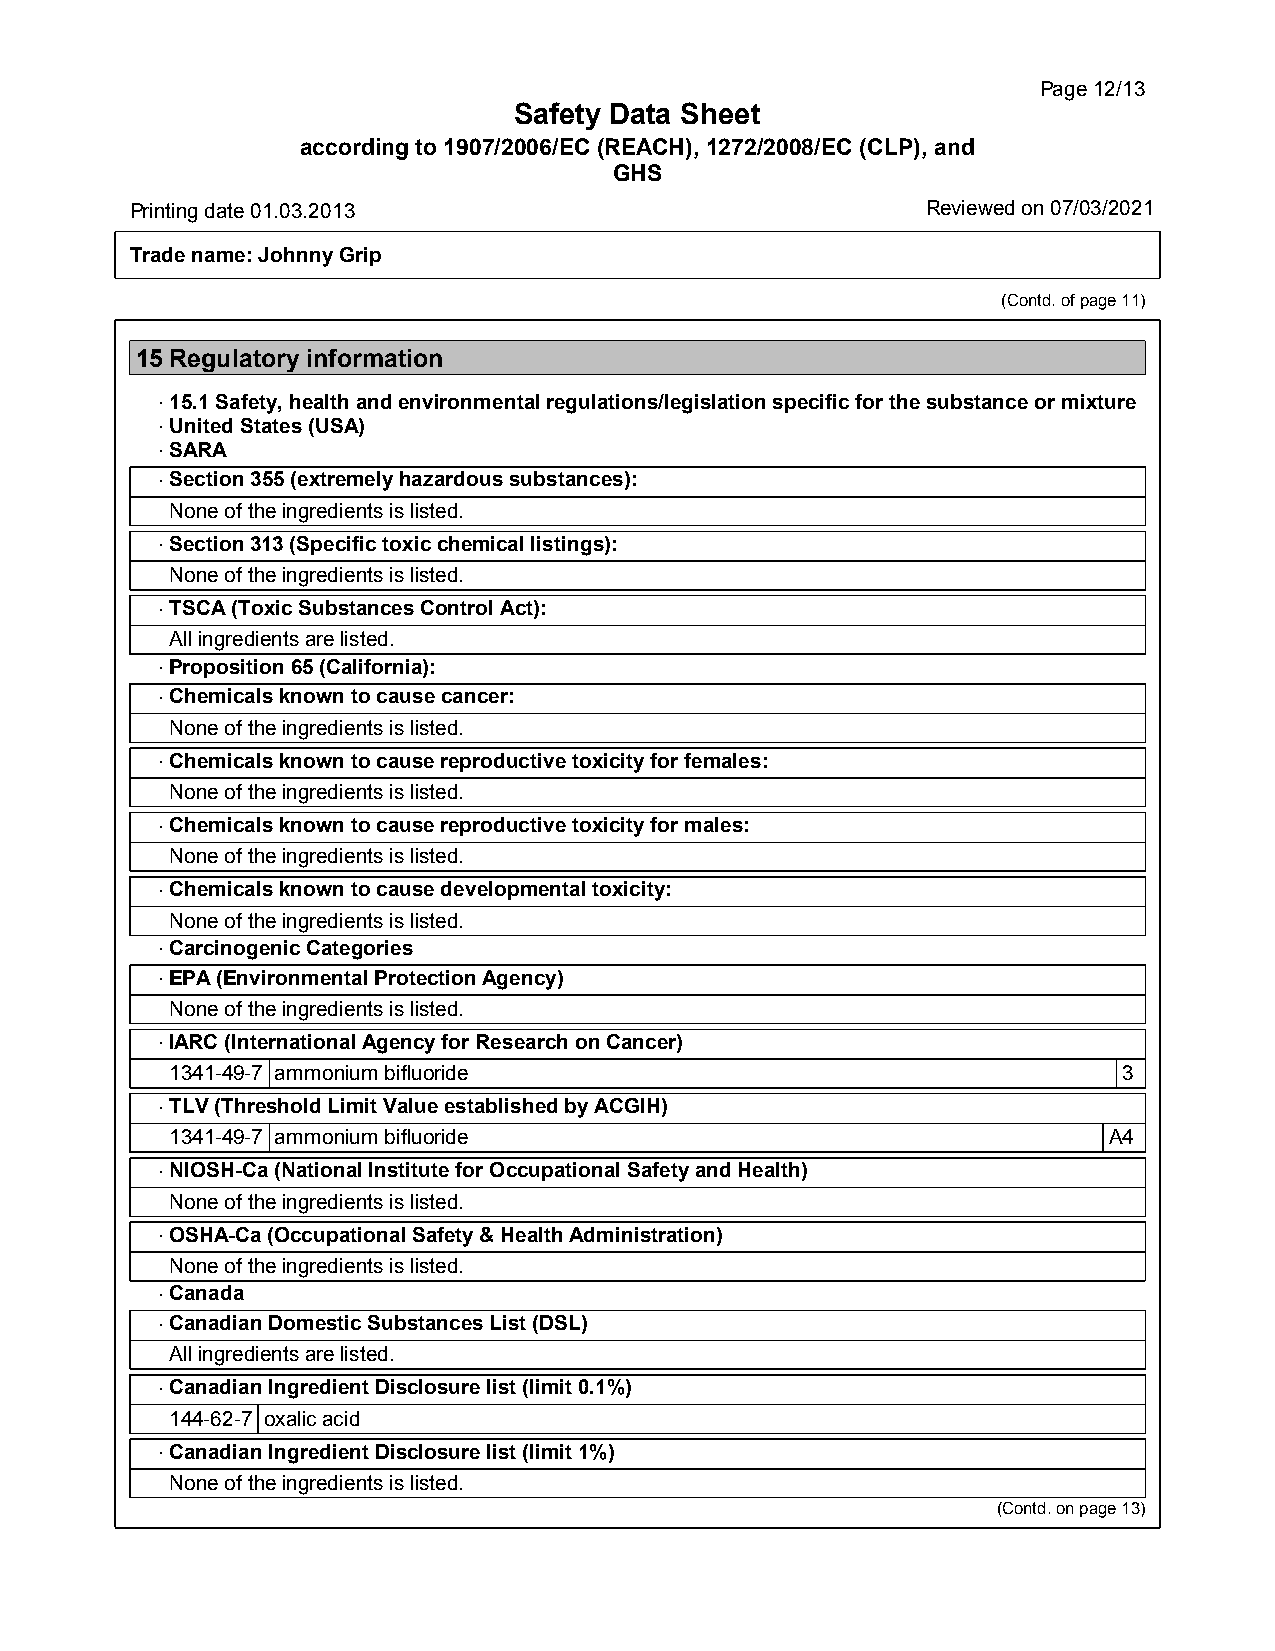
Page12/13
 Safety Data Sheet
 according to 1907/2006/EC (REACH), 1272/2008/EC (CLP), and
 GHS
 Printingdate01.03.2013                              Reviewed on 07/03/2021
 Tradename:JohnnyGrip
 (Contd.ofpage11)
 15Regulatory information
 ·15.1Safety,healthandenvironmentalregulations/legislationspecificforthesubstanceormixture
 ·UnitedStates(USA)
 ·SARA
 ·Section355(extremelyhazardoussubstances):
 Noneoftheingredientsislisted.
 ·Section313(Specifictoxicchemicallistings):
 Noneoftheingredientsislisted.
 ·TSCA(ToxicSubstancesControlAct):
 Allingredientsarelisted.
 ·Proposition65(California):
 ·Chemicalsknowntocausecancer:
 Noneoftheingredientsislisted.
 ·Chemicalsknowntocausereproductivetoxicityforfemales:
 Noneoftheingredientsislisted.
 ·Chemicalsknowntocausereproductivetoxicityformales:
 Noneoftheingredientsislisted.
 ·Chemicalsknowntocausedevelopmentaltoxicity:
 Noneoftheingredientsislisted.
 ·CarcinogenicCategories
 ·EPA(EnvironmentalProtectionAgency)
 Noneoftheingredientsislisted.
 ·IARC(InternationalAgencyforResearchonCancer)
 1341-49-7 ammoniumbifluoride                                   3
 ·TLV(ThresholdLimitValueestablishedbyACGIH)
 1341-49-7 ammoniumbifluoride                                  A4
 ·NIOSH-Ca(NationalInstituteforOccupationalSafetyandHealth)
 Noneoftheingredientsislisted.
 ·OSHA-Ca(OccupationalSafety&HealthAdministration)
 Noneoftheingredientsislisted.
 ·Canada
 ·CanadianDomesticSubstancesList(DSL)
 Allingredientsarelisted.
 ·CanadianIngredientDisclosurelist(limit0.1%)
 144-62-7 oxalicacid
 ·CanadianIngredientDisclosurelist(limit1%)
 Noneoftheingredientsislisted.
 (Contd.onpage13)
 36.0.2